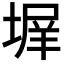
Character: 𭏊